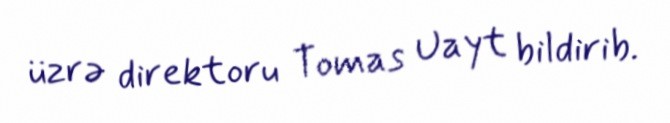
üzrə direktoru Tomas Uayt bildirib.